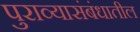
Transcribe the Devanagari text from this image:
पुराव्यासंबंधातील